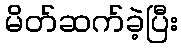
မိတ်ဆက်ခဲ့ပြီး